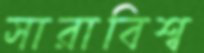
সারাবিশ্ব